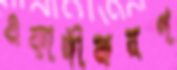
একাঙ্গীকরণ